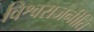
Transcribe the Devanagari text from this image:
विश्वराजनीति